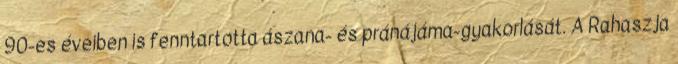
90-es éveiben is fenntartotta ászana- és pránájáma-gyakorlását. A Rahaszja